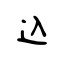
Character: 込